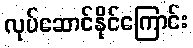
လုပ်ဆောင်နိုင်ကြောင်း